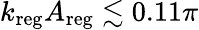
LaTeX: k_{\mathrm{reg}}A_{\mathrm{reg}}\lesssim 0.11\pi